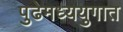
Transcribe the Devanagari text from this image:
पुढेमध्ययुगात